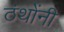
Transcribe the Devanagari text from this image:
ठंथोंनी